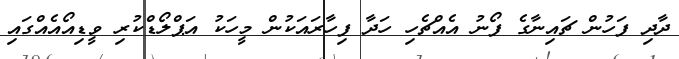
ދާދި ފަހުން ޗައިނާގެ ފޯނު އެއްޗެހި ހަދާ ފިހާރައަކުން މީހަކު އަޕްލޯޑްކުރި ވީޑިއޯއެއްގައި